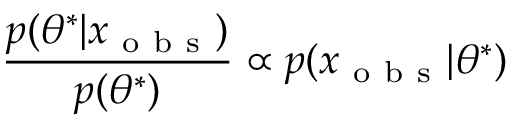
\frac { p ( \theta ^ { * } \lvert x _ { \mathrm { ~ o ~ b ~ s ~ } } ) } { p ( \theta ^ { * } ) } \propto p ( x _ { \mathrm { ~ o ~ b ~ s ~ } } | \theta ^ { * } )